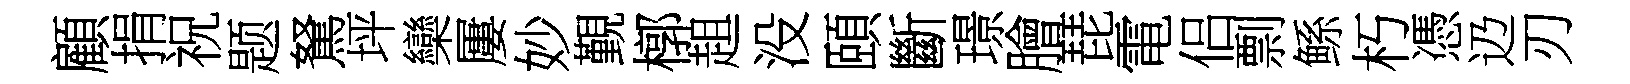
顧捐祝题駑坪欒屢妙覲槨趄没頤斷璟膾琵電侣剽鲧朽憑辸刃